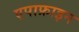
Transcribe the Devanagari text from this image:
एपाफ्राइन